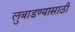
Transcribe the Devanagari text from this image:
लुबाडण्यासाठी